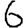
Digit: 6